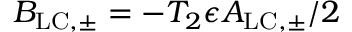
B _ { \mathrm { L C , \pm } } = - T _ { 2 } \epsilon A _ { \mathrm { L C , \pm } } / 2